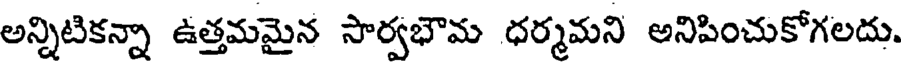
అన్నిటికన్నా ఉత్తమమైన సార్వభౌమ ధర్మమని అనిపించుకోగలదు.